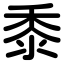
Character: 黍